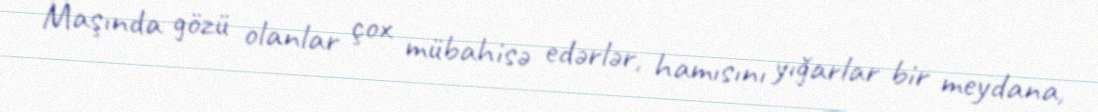
Maşında gözü olanlar çox mübahisə edərlər, hamısını yığarlar bir meydana,